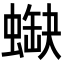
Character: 𧎯